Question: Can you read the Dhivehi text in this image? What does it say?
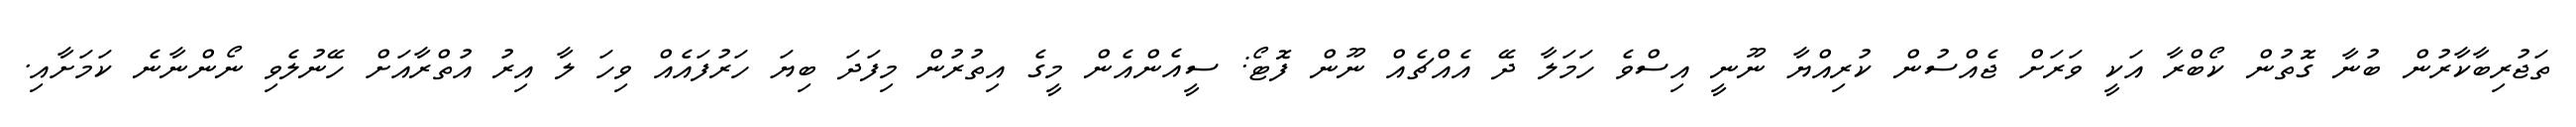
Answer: ތަޖުރިބާކާރުން ބުނާ ގޮތުން ކޯބްރާ އަކީ ވަރަށް ޖެއްސުން ކުރިއްޔާ ނޫނީ އިސްވެ ހަމަލާ ދޭ އެއްޗެއް ނޫން ފޮޓޯ: ސީއެންއެން މީގެ އިތުރުން މިފަދަ ބިޔަ ހަރުފައެއް ވިހަ ލާ އިރު އުތްރާއަށް ހޭނުލެވި ނޯންނާނެ ކަމަށާއި.